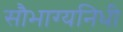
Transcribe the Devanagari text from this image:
सौभाग्यनिधी